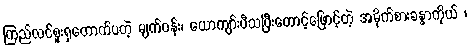
ကြည်လင်စူးရှတောက်ပတဲ့ မျက်ဝန်း၊ ယောကျာ်းပီသပြီးတောင့်ဖြောင့်တဲ့ အမိုက်စားခန္ဓာကိုယ် ၊